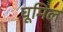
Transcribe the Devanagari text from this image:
घूमिल